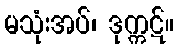
မသုံးအပ်၊ ဒုက္ကဋ်။